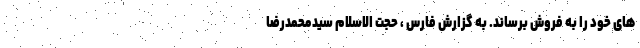
های خود را به فروش برساند. به گزارش فارس ، حجت الاسلام سیدمحمدرضا